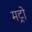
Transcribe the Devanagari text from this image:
मट्रो